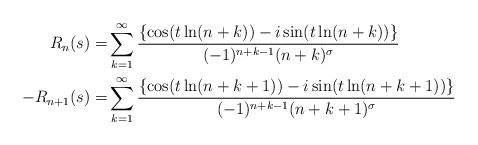
LaTeX: \begin{align*}R_{n}(s)=&\sum_{k=1}^\infty \frac{\{\cos(t \ln(n+k))-i\sin(t \ln(n+k)) \}}{(-1)^{n+k-1}(n+k)^\sigma} \\ -R_{n+1}(s)=&\sum_{k=1}^\infty \frac{\{\cos(t \ln(n+k+1))-i\sin(t \ln(n+k+1)) \}}{(-1)^{n+k-1}(n+k+1)^\sigma} \end{align*}